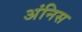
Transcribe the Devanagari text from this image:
अंनिस